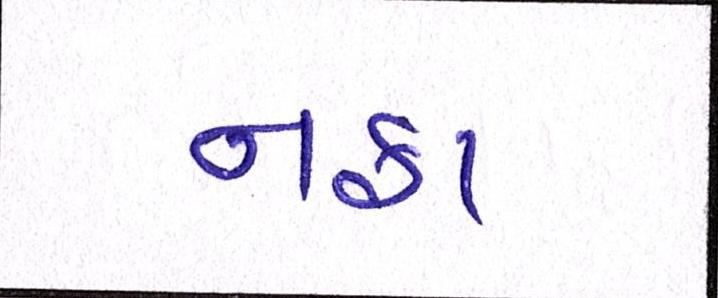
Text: નફા